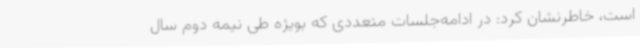
است‌، خاطرنشان کرد: در ادامه‌جلسات متعددی که بویژه طی نیمه دوم سال